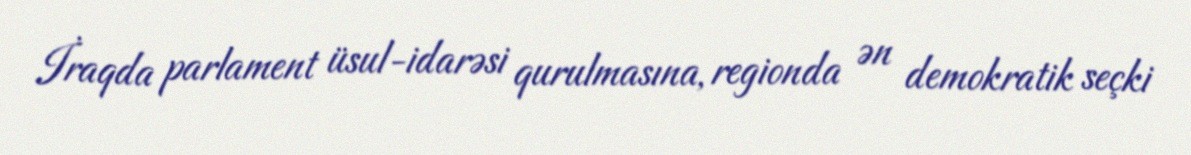
İraqda parlament üsul-idarəsi qurulmasına, regionda ən demokratik seçki